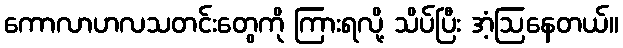
ကောလာဟလသတင်းတွေကို ကြားရလို့ သိပ်ပြီး အံ့ဩနေတယ်။